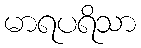
မာရပရိသာ